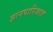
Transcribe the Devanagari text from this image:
ज्ञानपारिजात